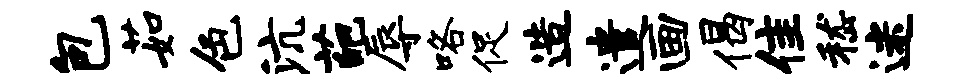
包茹色沆葩辱咯促造遣画偈隹嵇迷